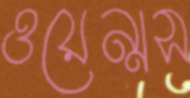
ওয়েন্সস